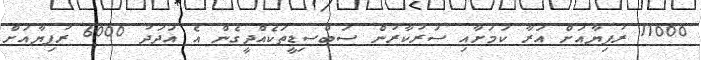
11000 ރުފިޔާއަށް އަރާ ކަމަށާއި ސަރުކާރުން ސަބްސިޑީތަކެއްދީގެން އެ އަދަދު 6000 ރުފިޔާއަށް